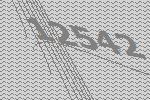
12542